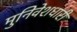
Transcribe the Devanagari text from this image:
मुनिवेशधारी